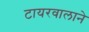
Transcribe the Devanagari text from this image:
टायरवालाने